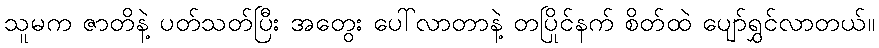
သူမက ဇာတိနဲ့ ပတ်သတ်ပြီး အတွေး ပေါ်လာတာနဲ့ တပြိုင်နက် စိတ်ထဲ ပျော်ရွှင်လာတယ်။